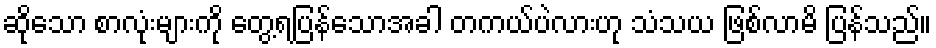
ဆိုသော စာလုံးများကို တွေ့ရပြန်သောအခါ တကယ်ပဲလားဟု သံသယ ဖြစ်လာမိ ပြန်သည်။